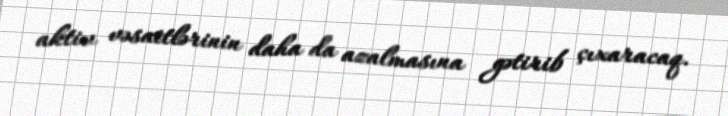
aktiv vəsaitlərinin daha da azalmasına gətirib çıxaracaq.